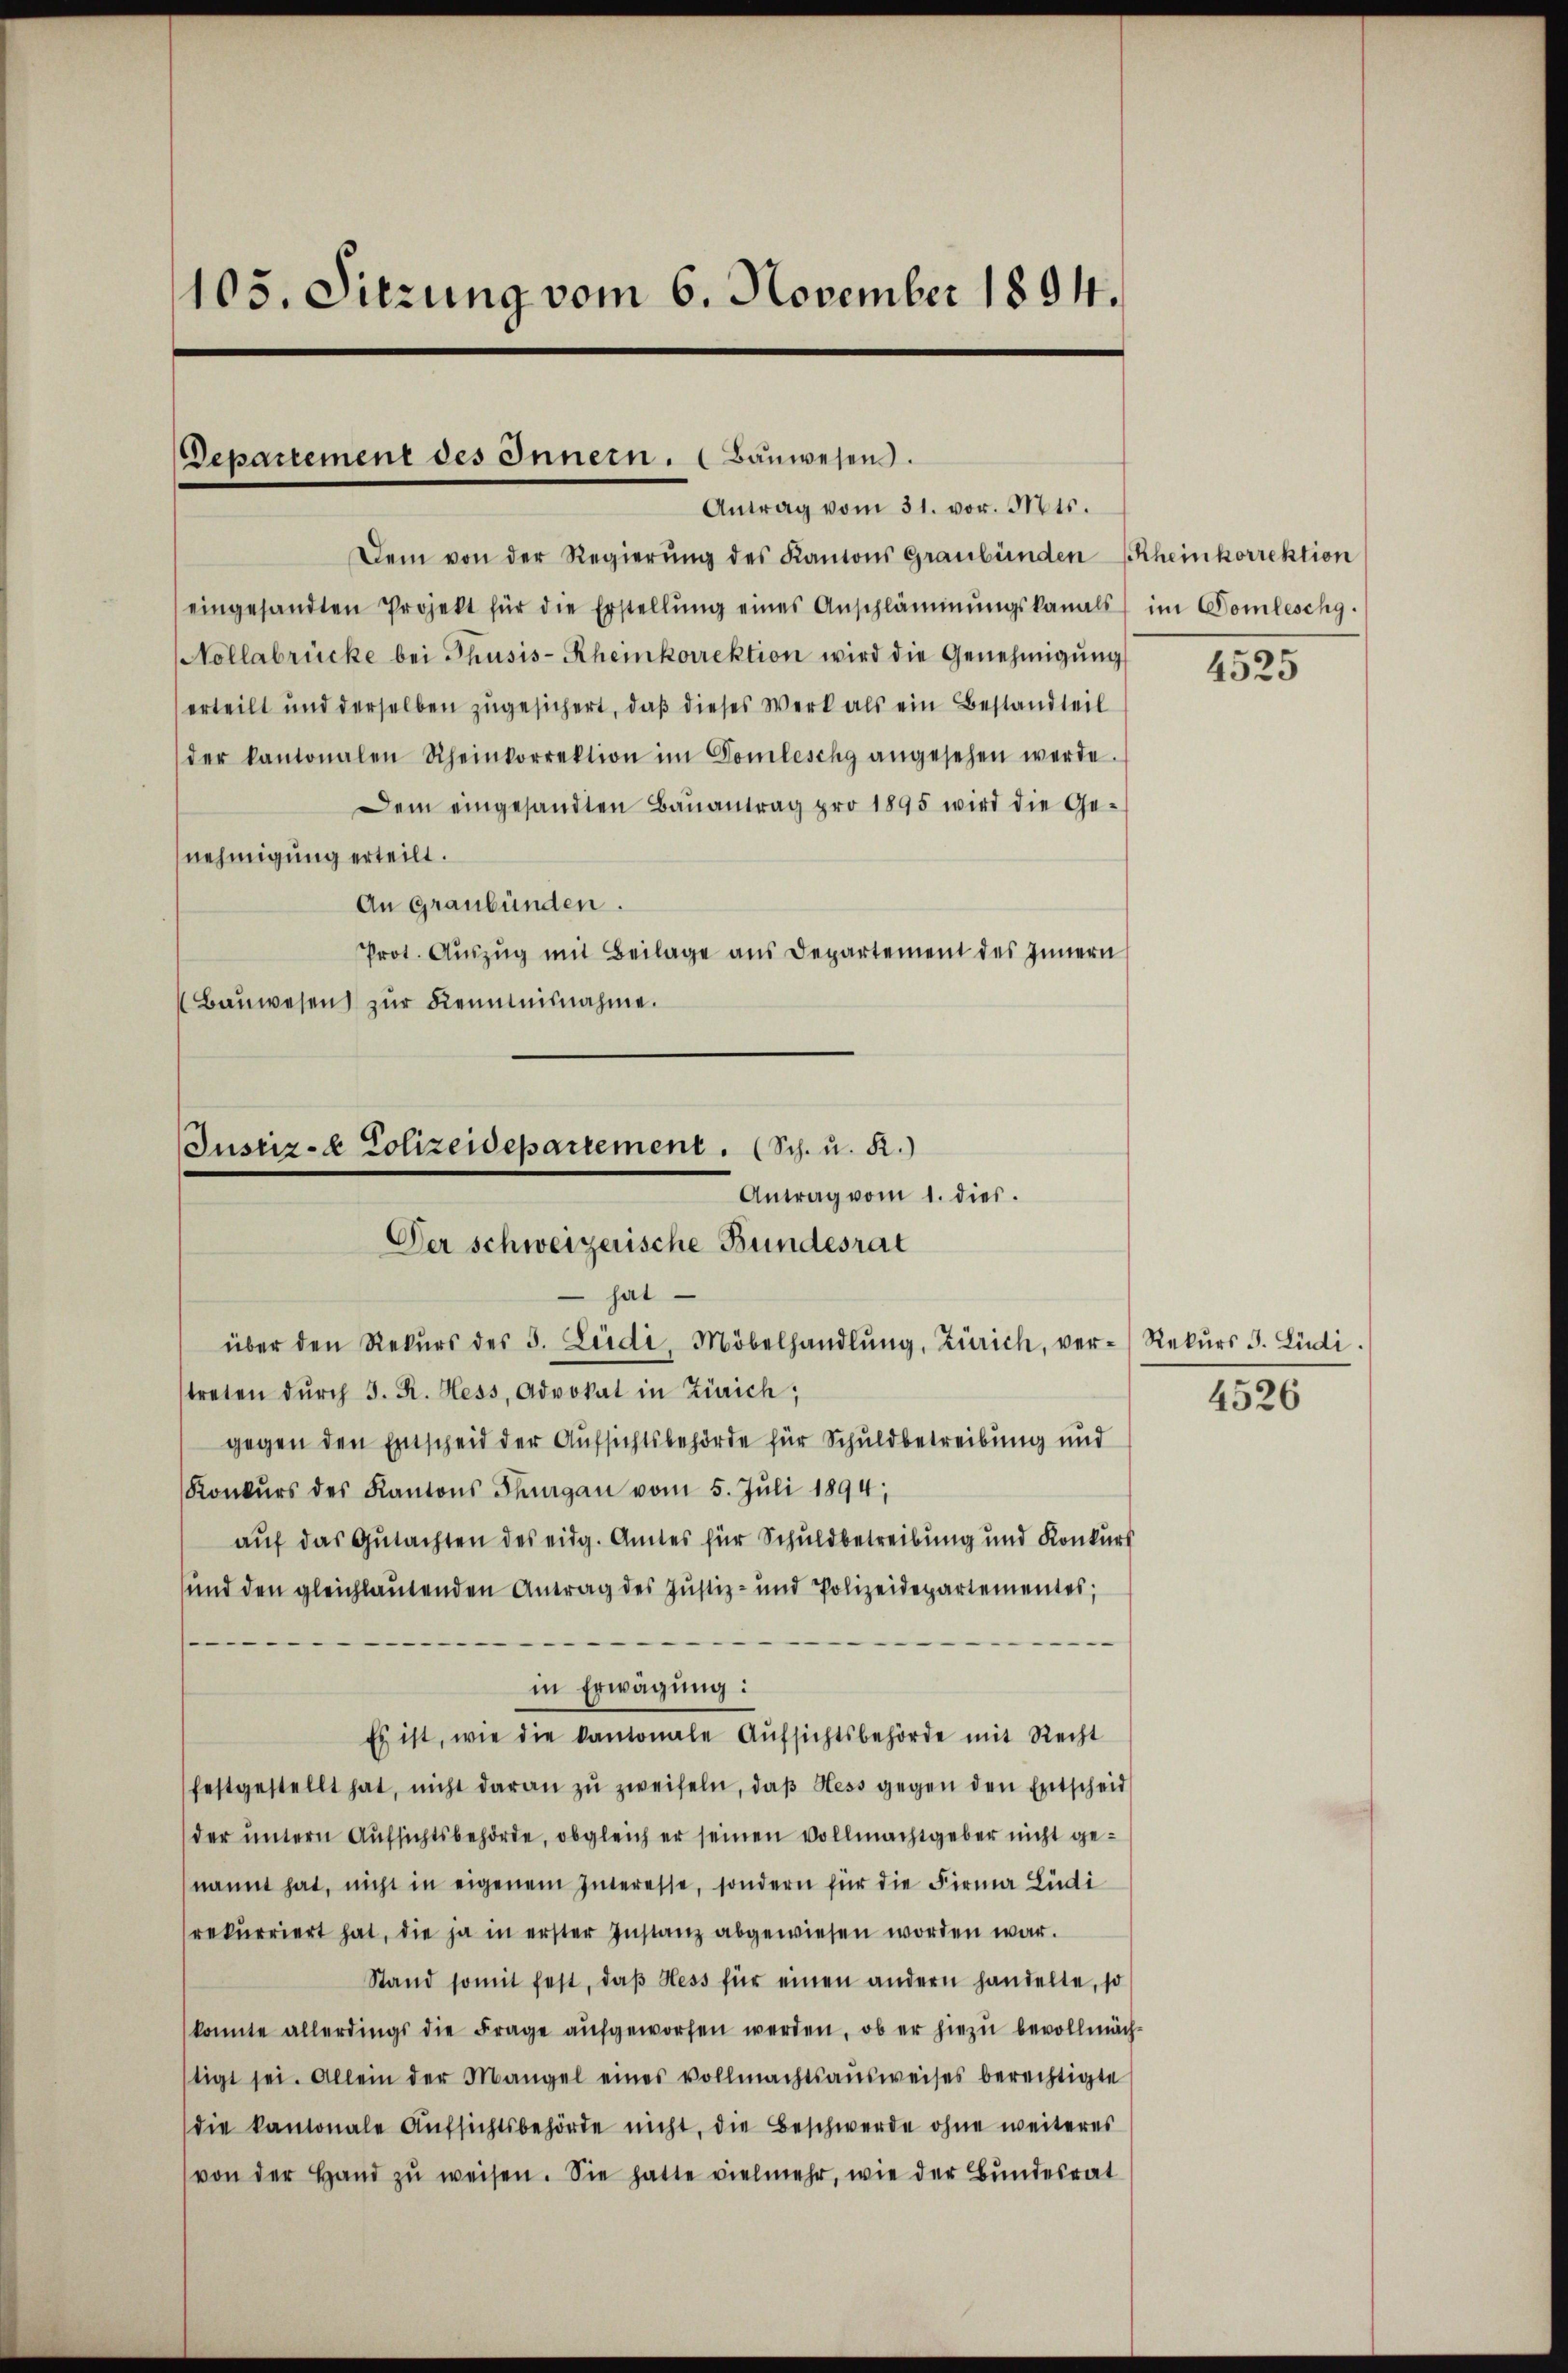
105. Sitzung vom 6. November 1894.

Departement des Innern. (Bauwesens.
Antrag vom 31. vor. Mts.

Justiz- & Polizeidepartement. (Sch. u. R.)
Antrag vom 1. dies.
Der schweizerische Bundesrat

Dem von der Regierŭng des Kantons Graubünden (Rheinkorrektion
eingesandten Projekt für die Erstellŭng eines Anschlämmŭngskanals im Domleschg.
Nollabrücke bei Thusis-Rheinkorrektion wird die Genehmigŭng
erteilt und derselben zugesichert, daß dieses Werk als ein Bestandteil
der kantonalen Scheinkorrektion im Gomleschg angesehen werde.
Dem eingesandten Baŭantrag pro 1895 wird die Ge-
nehmigung erteilt.
An Graubünden.
Prot. Auszug mit Beilage aus Departement des Innern
(Bauwesen zur Kenntnisnahme.

hat
über den Rekŭrs des 3. Leidi, Möbelhandlŭng, Zürich, ver-Rekŭrs J. Lüdi.
streten dŭrch 3. R. Hess, Advokat in Zürich,
gegen den Entscheid der Aufsichtsbehörde für Schuldbetreibung und
Konkurs des Kantons Thurgau vom 5. Juli 1894;
auf das Gutachten des eidg. Amtes für Schuldbetreibung und Konkurs
und den gleichlautenden Antrag des Justiz- und Polizeidepartementes;
1
in Erwägung:
Es ist, wie die kantonale Aufsichtsbehörde mit Recht
festgestellt hat, nicht daran zŭ zweifeln, daβ Hess gegen den Entscheid
der untern Aufsichtsbehörde, obgleich er seinen Vollmachtgeber nicht genannt hat, nicht in eigenem Interesse, sondern für die Firma Ludi
rekurriert hat, die ja in erster Instanz abgewiesen worden war.
Stand somit fest, daβ Hess für einen andern handelte, so
konnte allerdings die Frage aŭfgeworfen werden, ob er hiezŭ bevollmäch-
stigt sei. Allein der Mangel eines vollmachtsaŭsweises berechtigte
die kantonale Aufsichtsbehörde nicht, die Beschwerde ohne weiteres
von der Hand zŭ weisen. Sie hatte vielmehr, wie der Bundesrat

4525

4526